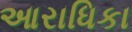
આરાધિકા